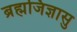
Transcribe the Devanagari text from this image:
ब्रह्मजिज्ञासु